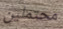
محتملين